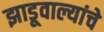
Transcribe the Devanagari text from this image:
झाडूवाल्यांचे